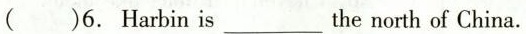
( )6. Harbin is ___ the north of China.